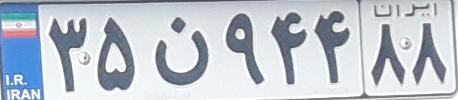
۳۵ن۹۴۴۸۸